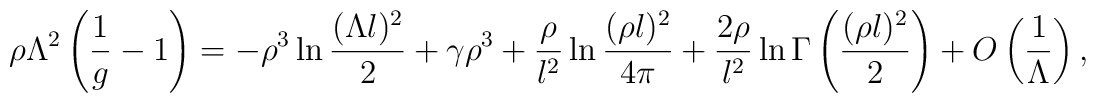
\rho\Lambda^2  \left(\frac{1}{g}-1\right)=        - \rho^3\ln\frac{(\Lambda l)^2}{2}+\gamma\rho^3        + \frac{\rho}{l^2}\ln\frac{(\rho l)^2}{4\pi}        + \frac{2\rho}{l^2}\ln\Gamma\left(\frac{(\rho l)^2}{2}\right)        + O\left(\frac{1}{\Lambda}\right),